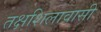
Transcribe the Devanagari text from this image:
तक्षशिलावासी